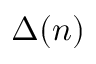
\Delta ( n )